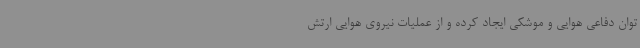
توان دفاعی هوایی و موشکی ایجاد کرده و از عملیات نیروی هوایی ارتش